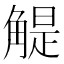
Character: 䚣